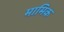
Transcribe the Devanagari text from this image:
मामिक